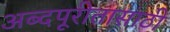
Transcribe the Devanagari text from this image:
अब्दपूरीतासाठी